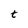
Character: t